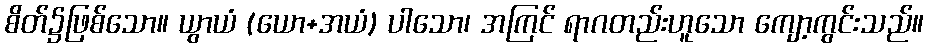
စိတ်၌ဖြစ်သော။ ယွာယံ (ယော+အယံ) ပါသော၊ အကြင် ရာဂတည်းဟူသော ကျော့ကွင်းသည်။